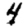
Digit: 4